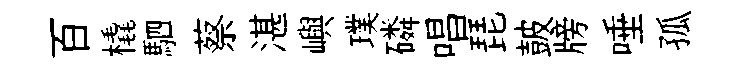
百橇駟蔡湛嶼璞磷唱琵皷牓唾孤